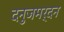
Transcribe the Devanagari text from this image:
दनुजमर्दन